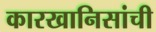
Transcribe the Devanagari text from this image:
कारखानिसांची